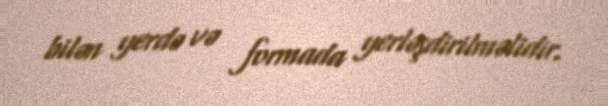
bilən yerdə və formada yerləşdirilməlidir.